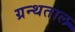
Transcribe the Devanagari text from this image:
ग्रन्थताल